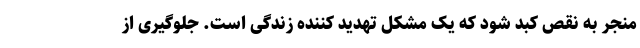
منجر به نقص کبد شود که یک مشکل تهدید کننده زندگی است. جلوگیری از